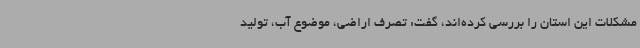
مشکلات این استان را بررسی کرده‌اند، گفت: تصرف اراضی، موضوع آب، تولید